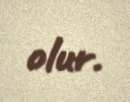
olur.